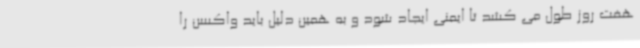
هفت روز طول می کشد تا ایمنی ایجاد شود و به همین دلیل باید واکسن را